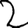
Digit: 2